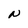
Character: N